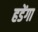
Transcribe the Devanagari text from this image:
हडेंगा